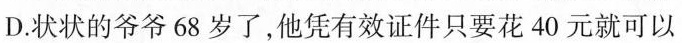
D.状状的爷爷68岁了，他凭有效证件只要花40元就可以